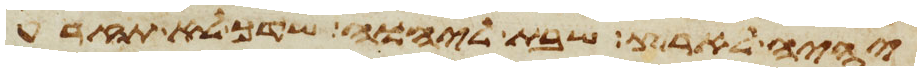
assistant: יהיה לארץ שבת ליהוה שדך לא תזרע